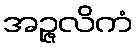
အဉ္ဇလိကံ